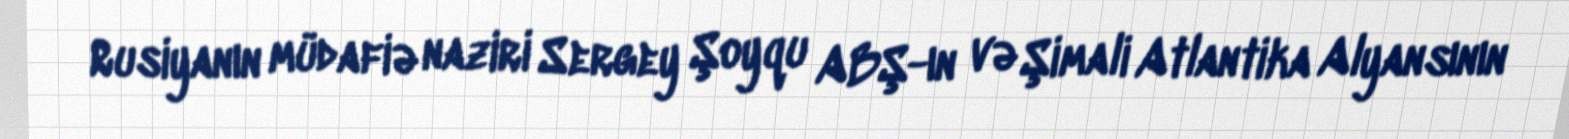
Rusiyanın müdafiə naziri Sergey Şoyqu ABŞ-ın və Şimali Atlantika Alyansının